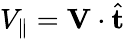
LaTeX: V_{\parallel}=\mathbf{V}\cdot\hat{\mathbf{t}}